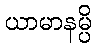
ယာမာနမ္ပိ